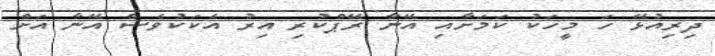
ދިރިއުޅޭ ހަ މީހަކު ކަމަށާއި އޭނާ ރޭޕްކުރި އިރު އެކަކުވެސް އޭނާ އަށް